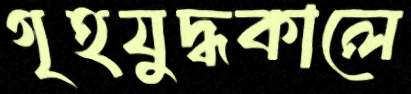
গৃহযুদ্ধকালে